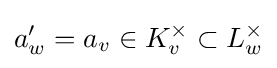
a'_{w}=a_{v}\in K_{v}^{\times }\subset L_{w}^{\times }